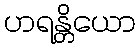
ဟရန္တိယော